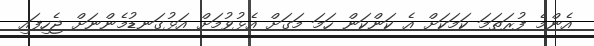
އެންމެ ފުރަތަމަ ކަމަކަށް އެ ކަންކަން ހަމަ މަގަށް އެޅުވުމަށް އަޅުގަނޑުމެންނަށް ޖެހިފައި